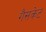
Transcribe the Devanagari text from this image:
गैसकेट